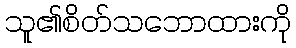
သူ၏စိတ်သဘောထားကို